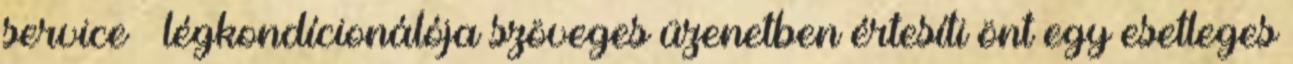
service – légkondícionálója szöveges üzenetben értesíti önt egy esetleges